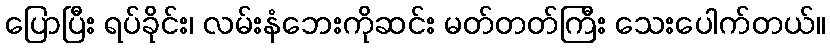
ပြောပြီး ရပ်ခိုင်း၊ လမ်းနံဘေးကိုဆင်း မတ်တတ်ကြီး သေးပေါက်တယ်။